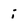
Character: i